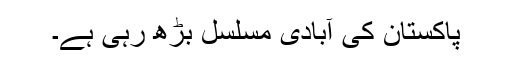
پاکستان کی آبادی مسلسل بڑھ رہی ہے۔